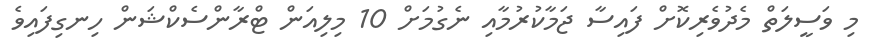
މި ވަސީލަތް މެދުވެރިކޮށް ފައިސާ ޖަމާކުރުމާއި ނެގުމަށް 10 މިލިއަން ޓްރާންސެކްޝަން ހިނގިފައިވެ